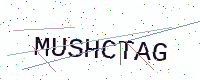
Text: MUSHCTAG